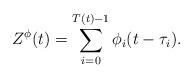
LaTeX: \begin{align*}Z^{\phi}(t)=\sum_{i=0}^{T(t)-1}\phi_i(t-\tau_i).\end{align*}